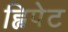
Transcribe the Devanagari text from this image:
ह्विपेट